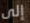
إلى